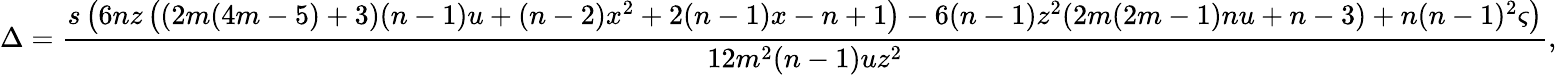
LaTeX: \Delta=\frac{s\left(6nz\left((2m(4m-5)+3)(n-1)u+(n-2)x^{2}+2(n-1)x-n+1\right)-6(n-1)z^{2}(2m(2m-1)nu+n-3)+n(n-1)^{2}\varsigma\right)}{12m^{2}(n-1)uz^{2}},